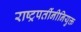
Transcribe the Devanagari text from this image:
राष्ट्रपतींनीनियुक्त